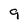
Character: 9